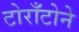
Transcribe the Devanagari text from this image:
टोराँटोने